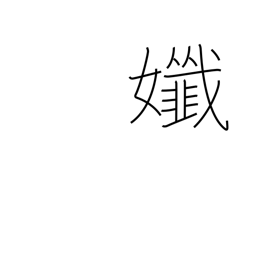
Meaning: delicate